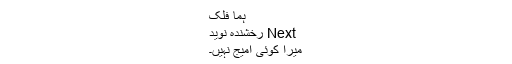
ہما فلک
Next رخشندہ نوید
میرا کوئی امیج نہیں۔